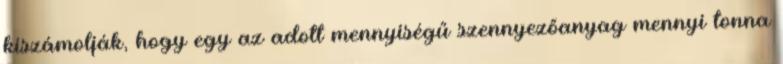
kiszámolják, hogy egy az adott mennyiségű szennyezőanyag mennyi tonna